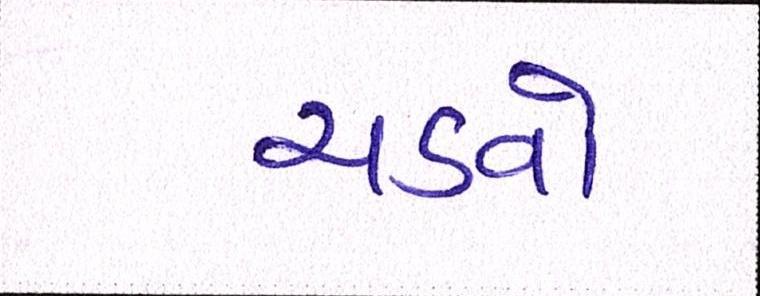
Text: ચડવો